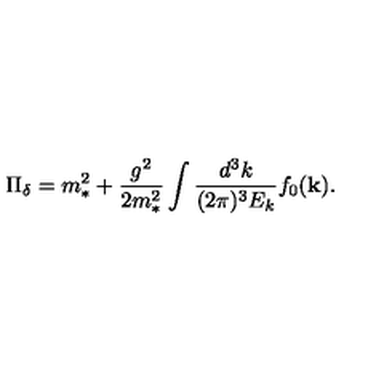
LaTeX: \Pi _ { \delta } = m _ { * } ^ { 2 } + { \frac { g ^ { 2 } } { 2 m _ { * } ^ { 2 } } } \int { \frac { d ^ { 3 } k } { ( 2 \pi ) ^ { 3 } E _ { k } } } f _ { 0 } ( { \bf k } ) .